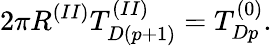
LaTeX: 2\pi R^{(II)}T_{D(p+1)}^{(II)}=T_{Dp}^{(0)}.